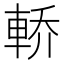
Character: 𲄶